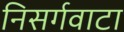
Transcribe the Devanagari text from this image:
निसर्गवाटा